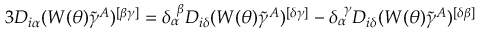
3 D _ { i \alpha } ( W ( \theta ) \tilde { \gamma } ^ { A } ) ^ { [ \beta \gamma ] } = \delta _ { \alpha } ^ { ~ \beta } D _ { i \delta } ( W ( \theta ) \tilde { \gamma } ^ { A } ) ^ { [ \delta \gamma ] } - \delta _ { \alpha } ^ { ~ \gamma } D _ { i \delta } ( W ( \theta ) \tilde { \gamma } ^ { A } ) ^ { [ \delta \beta ] }